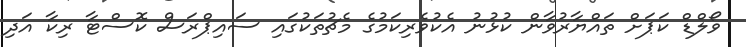
ވޯލްޑް ކަޕަށް ތައްޔާރުވާން ކުޅުނު އެކުވެރިކަމުގެ މެޗުތަކުގައި ސައިޕްރަސް ކޮސްޓާ ރިކާ އަދި